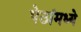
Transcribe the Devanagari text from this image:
पेठांमध्ये